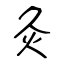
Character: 灸